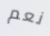
نعم